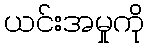
ယင်းအမှုကို